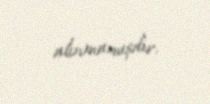
alınmamışdır.